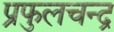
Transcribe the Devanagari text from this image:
प्रफुलचन्द्र